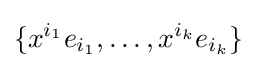
\{x^{i_{1}}e_{i_{1}},\ldots ,x^{i_{k}}e_{i_{k}}\}